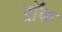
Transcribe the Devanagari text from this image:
ऱॉक